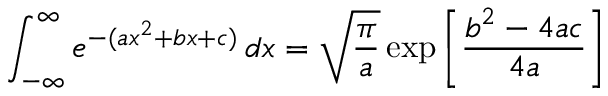
\int _ { - \infty } ^ { \infty } e ^ { - ( a x ^ { 2 } + b x + c ) } \, d x = { \sqrt { \frac { \pi } { a } } } \exp \left[ { \frac { b ^ { 2 } - 4 a c } { 4 a } } \right]